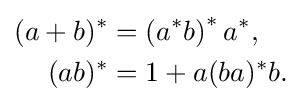
{\begin{aligned}(a+b)^{*}&=\left(a^{*}b\right)^{*}a^{*},\\(ab)^{*}&=1+a(ba)^{*}b.\end{aligned}}